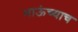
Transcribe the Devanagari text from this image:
भाऊंच्याच